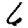
Digit: 6